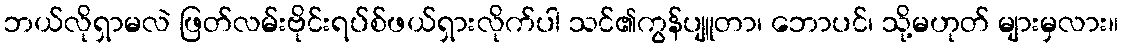
ဘယ်လိုရှာမလဲ ဖြတ်လမ်းဗိုင်းရပ်စ်ဖယ်ရှားလိုက်ပါ သင်၏ကွန်ပျူတာ၊ ဘောပင်၊ သို့မဟုတ် များမှလား။